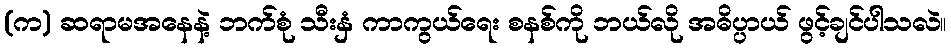
(က) ဆရာမအနေနဲ့ ဘက်စုံ သီးနှံ ကာကွယ်ရေး စနစ်ကို ဘယ်လို အဓိပ္ပာယ် ဖွင့်ချင်ပါသလဲ။